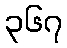
၃၆၇